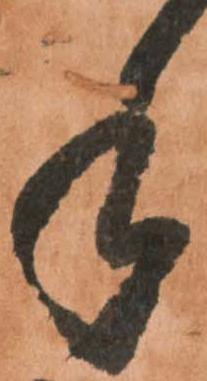
年